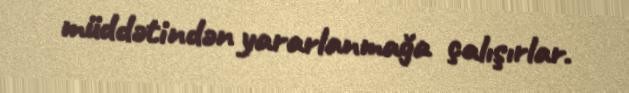
müddətindən yararlanmağa çalışırlar.